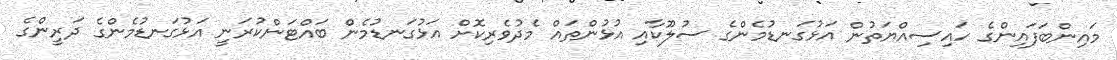
މައިންބަފައިންގެ ހައިސިއްޔަތުން އަޅުގަނޑުމެންގެ ސުލޫކާއި އުޅުންތައް މެދުވެރިކޮށް އަޅުގަނޑުމެން ބައްޓަންކުރަނީ އަޅުގަނޑުމެންގެ ދަރީންގެ